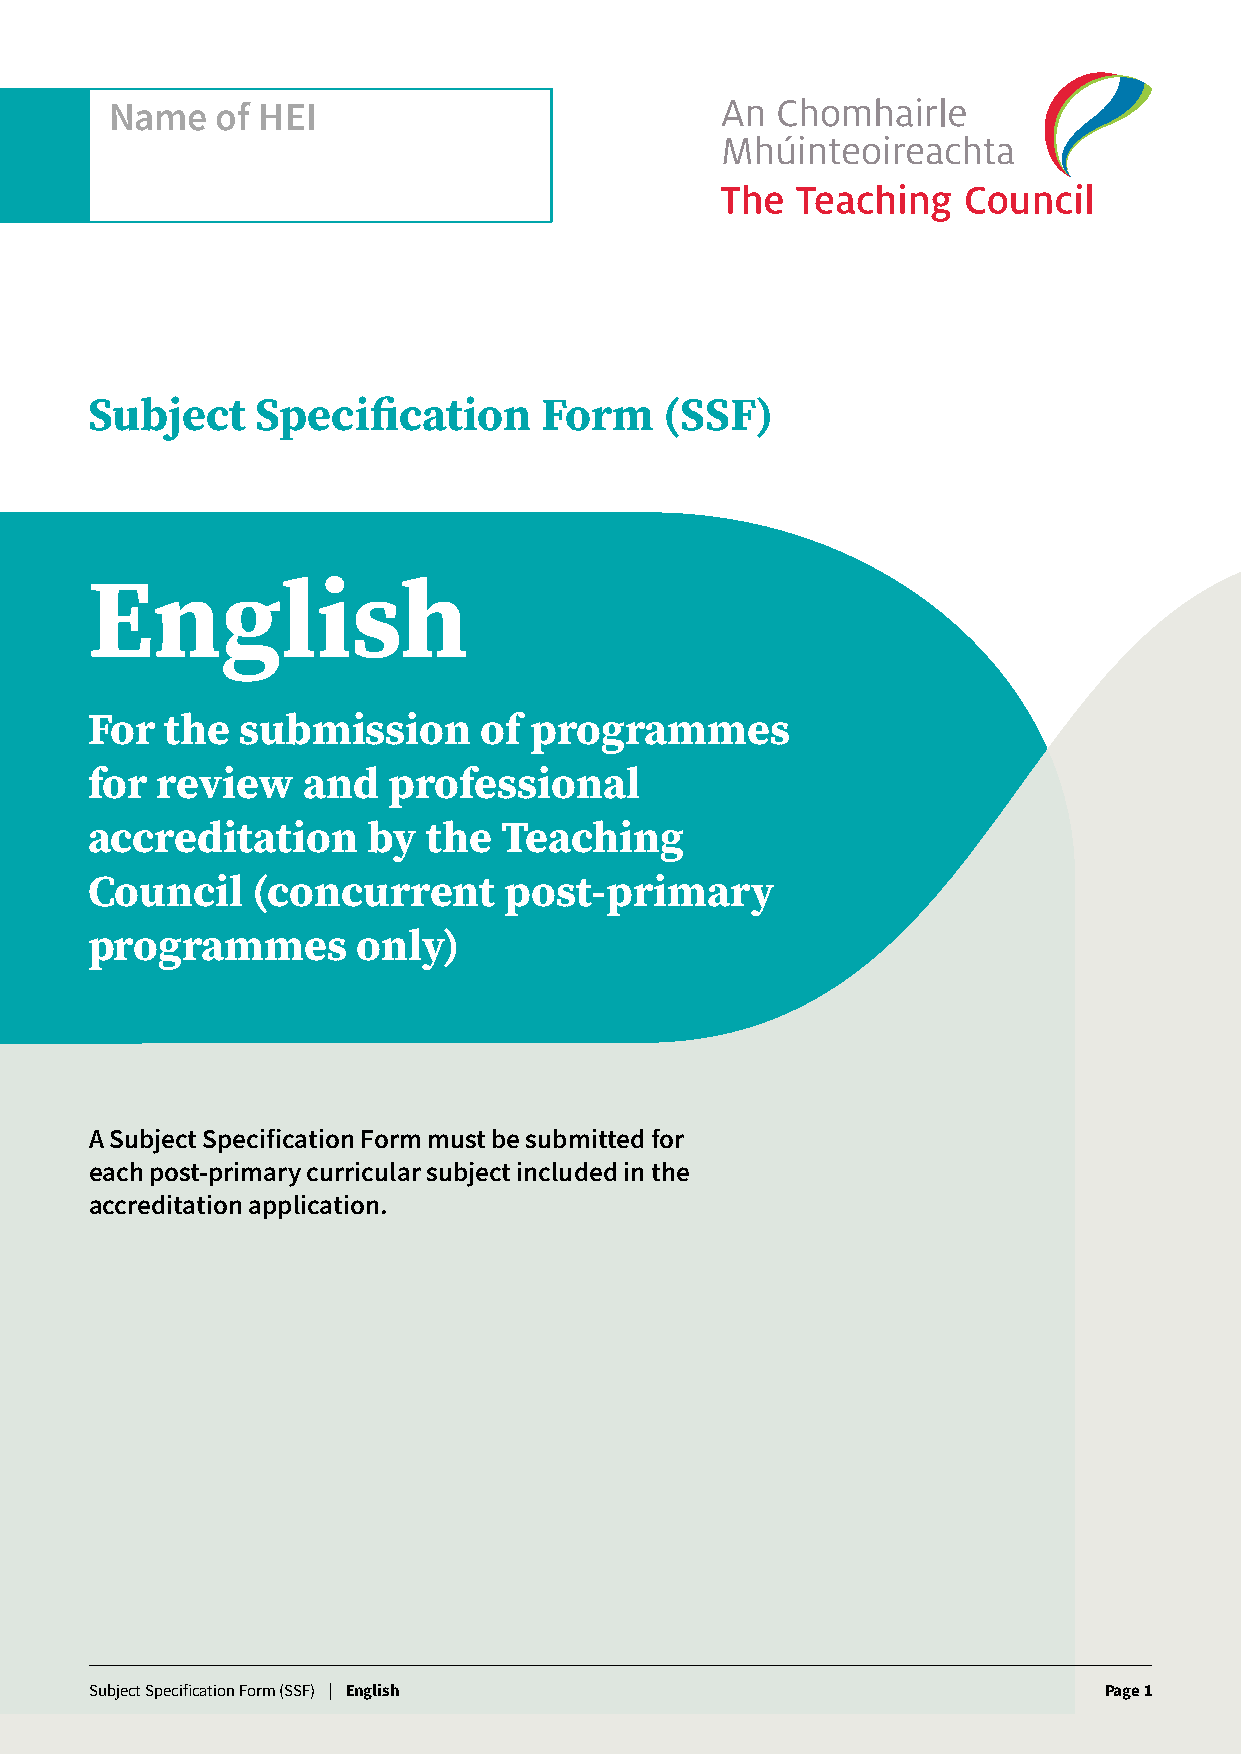
Name   of HEI
 Subject    Specification      Form    (SSF)
 English
 For  the  submission      of programmes
 for review    and   professional
 accreditation     by  the  Teaching
 Council    (concurrent     post-primary
 programmes        only)
 A Subject Specification Form must be submitted for
 each post-primary curricular subject included in the
 accreditation application.
 Subject Specification Form (SSF) | English                         Page 1